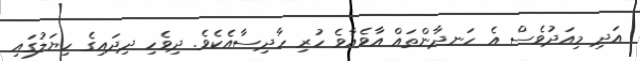
އަދި މިއަދުވެސް އެ ހަނދާންތައް އާވެއާވެ ހުރި ހާދިސާއެކެވެ. ދިވެހި ދިދައިގެ ހިޔަލުގައި